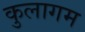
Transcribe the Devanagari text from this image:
कुलागम